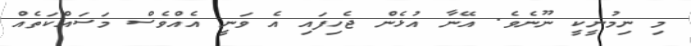
މި ނިމުނީކީ ނޫނެވެ. އޭނާ އުޅެން ޖެހިފައި އެ ވަނީ އެއްވެސް މަސައްކަތެއް